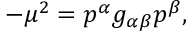
- \mu ^ { 2 } = p ^ { \alpha } g _ { \alpha \beta } p ^ { \beta } ,